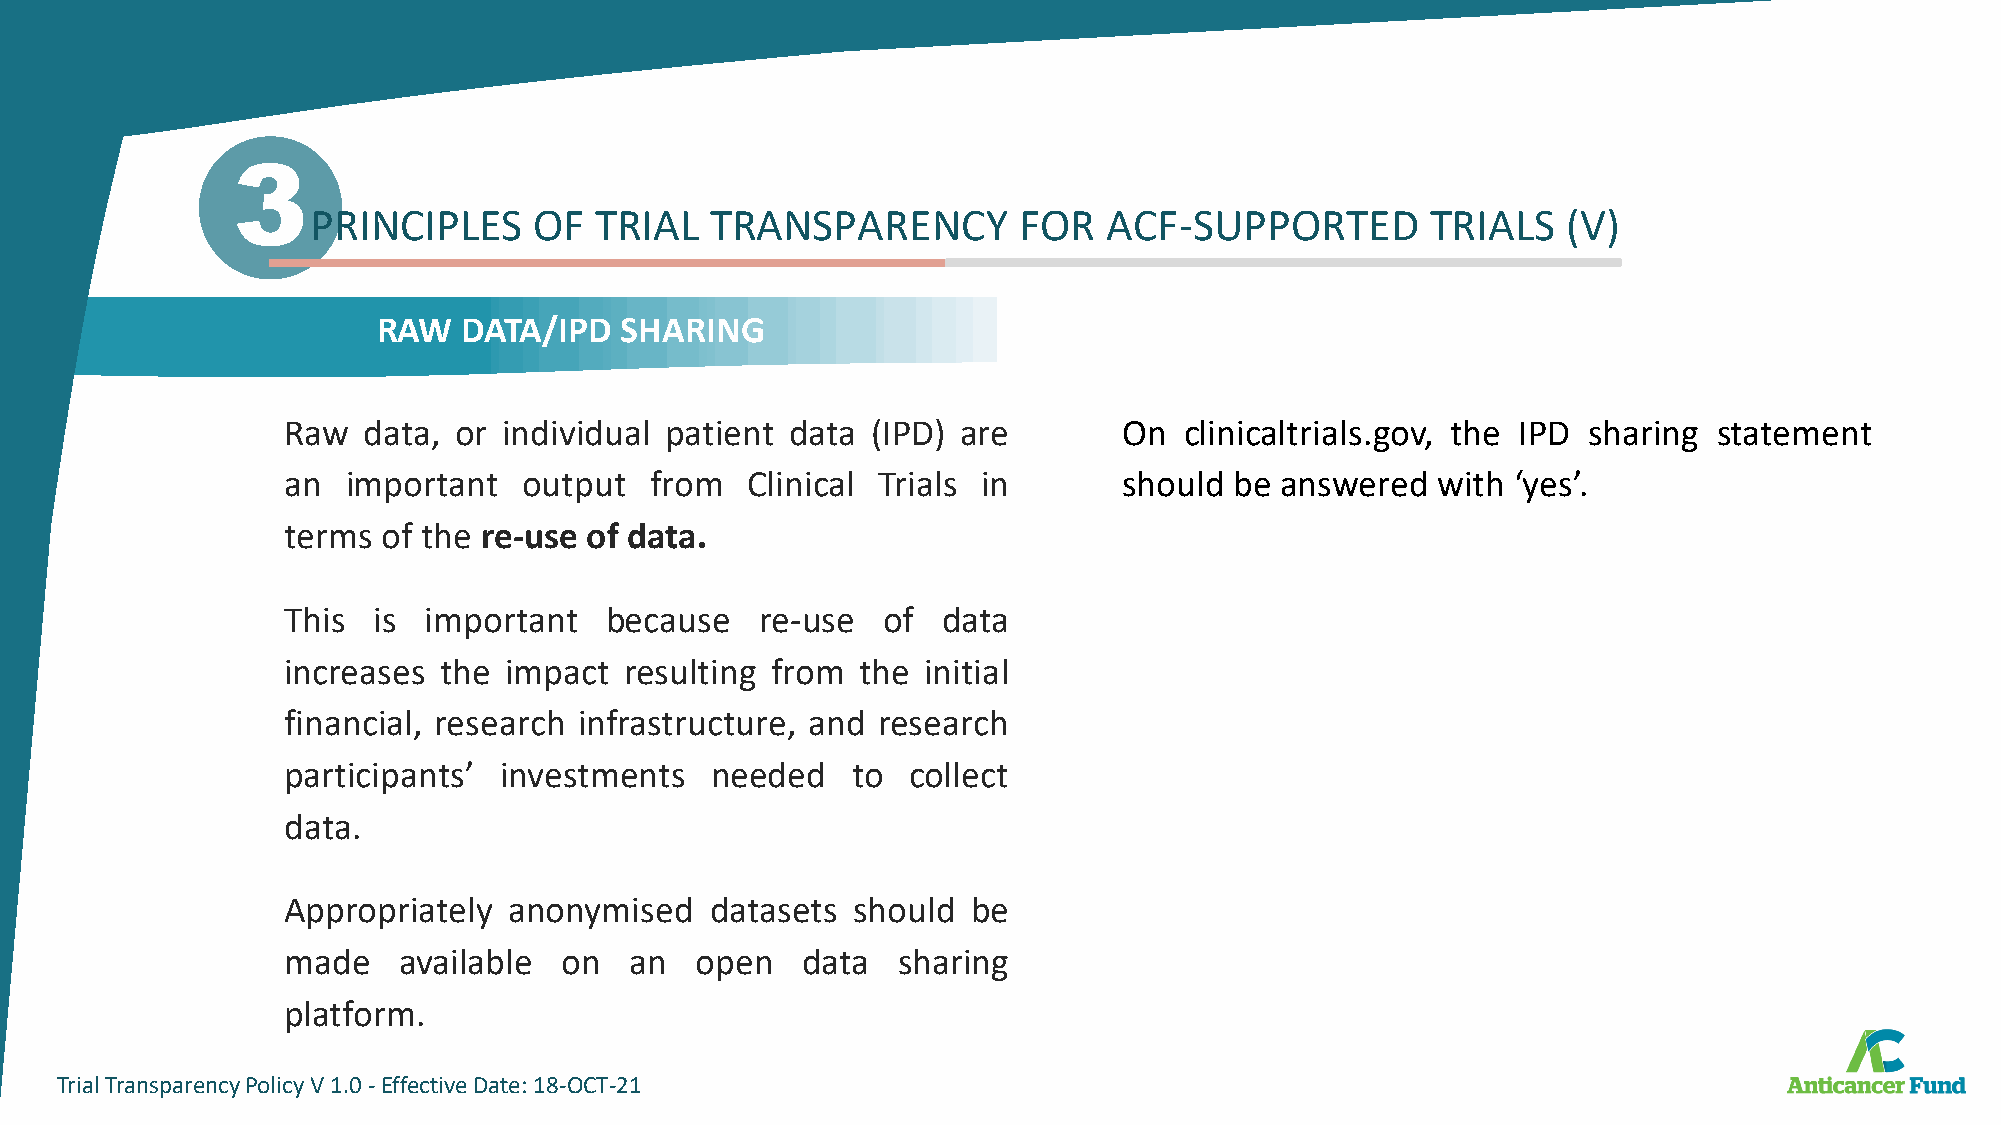
3
 PRINCIPLES    OF  TRIAL   TRANSPARENCY        FOR   ACF-SUPPORTED         TRIALS   (V)
 RAW   DATA/IPD  SHARING
 Raw  data, or individual patient data  (IPD) are       On  clinicaltrials.gov, the IPD sharing statement
 an  important   output  from  Clinical Trials in       should  be answered  with ‘yes’.
 terms of the re-use of data.
 This  is important   because   re-use  of  data
 increases the impact  resulting from  the initial
 financial, research infrastructure, and research
 participants’ investments   needed   to  collect
 data.
 Appropriately  anonymised   datasets should  be
 made   available  on   an  open   data  sharing
 platform.
 TrialTransparencyPolicyV1.0-EffectiveDate:18-OCT-21